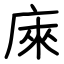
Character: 庲